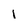
Character: i